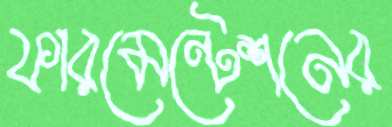
ফারমেন্টেশনের